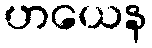
ဟယေန